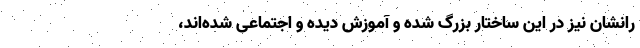
رانشان نیز در این ساختار بزرگ شده و آموزش دیده و اجتماعی شده‌اند،